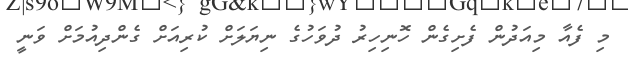
މި ފެއާ މިއަދުން ފެށިގެން ހޮނިހިރު ދުވަހުގެ ނިޔަލަށް ކުރިއަށް ގެންދިއުމަށް ވަނީ